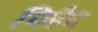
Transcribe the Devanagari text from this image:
मिहैद